Indian journal of veterinary science and animal husbandry - Volume 8,
Year: 1938
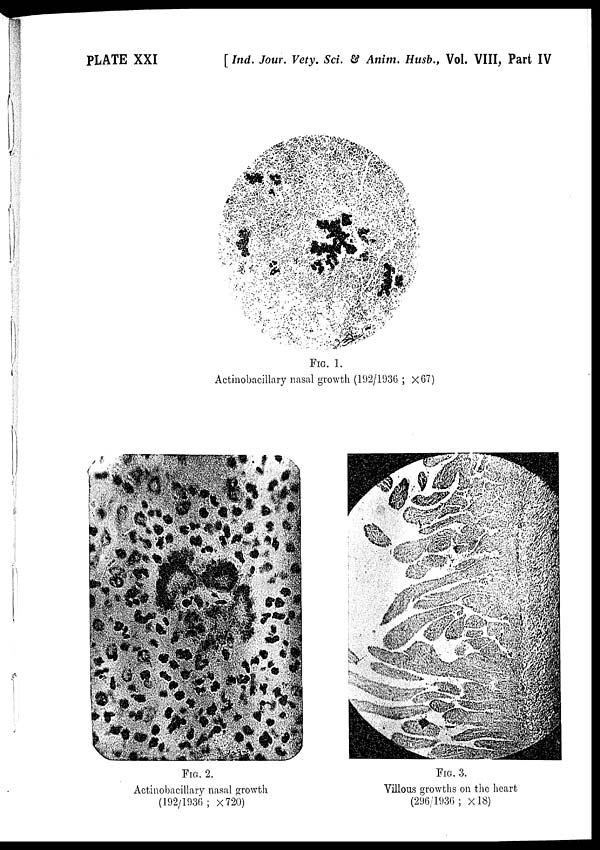
PLATE XXI
[ Ind. Jour. Vety. Sci. & Anim. Husb., Vol. VIII, Part IV
FIG. 1.
Actinobacillary nasal growth (192/1936 ; ×67)
FIG. 2.
Actinobacillary nasal growth
(192/1936; ×720)
FIG. 3.
Villous growths on the heart
(296/1936 ; × 18)